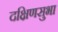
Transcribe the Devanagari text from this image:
दक्षिणसुभा